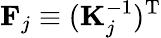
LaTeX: \mathbf{F}_{j}\equiv(\mathbf{K}_{j}^{-1})^{\mathrm{T}}